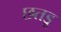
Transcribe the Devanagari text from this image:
छतड़ू